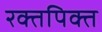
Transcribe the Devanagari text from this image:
रक्तपिक्त